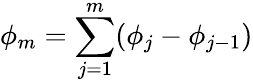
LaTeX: \phi_{m}=\sum_{j=1}^{m}(\phi_{j}-\phi_{j-1})